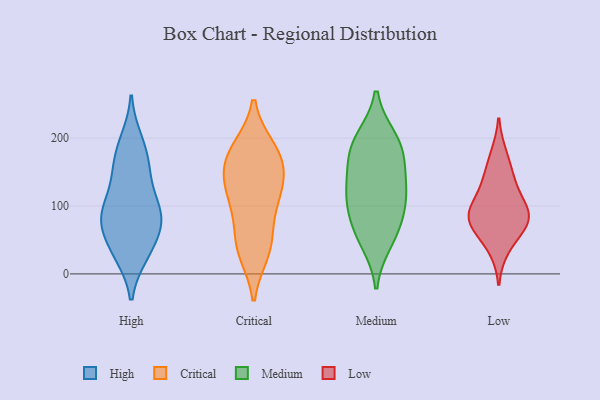
{"axis": {"x": "Page Views", "y": "Value"}, "legend": ["Critical", "High", "Low", "Medium"], "data": [{"x": "", "y": 160, "type": "High"}, {"x": "", "y": 29, "type": "High"}, {"x": "", "y": 81, "type": "High"}, {"x": "", "y": 82, "type": "High"}, {"x": "", "y": 87, "type": "High"}, {"x": "", "y": 186, "type": "High"}, {"x": "", "y": 79, "type": "High"}, {"x": "", "y": 139, "type": "High"}, {"x": "", "y": 196, "type": "High"}, {"x": "", "y": 63, "type": "High"}, {"x": "", "y": 35, "type": "High"}, {"x": "", "y": 31, "type": "High"}, {"x": "", "y": 105, "type": "High"}, {"x": "", "y": 152, "type": "High"}, {"x": "", "y": 93, "type": "High"}, {"x": "", "y": 141, "type": "Critical"}, {"x": "", "y": 107, "type": "Critical"}, {"x": "", "y": 183, "type": "Critical"}, {"x": "", "y": 41, "type": "Critical"}, {"x": "", "y": 161, "type": "Critical"}, {"x": "", "y": 49, "type": "Critical"}, {"x": "", "y": 124, "type": "Critical"}, {"x": "", "y": 167, "type": "Critical"}, {"x": "", "y": 181, "type": "Critical"}, {"x": "", "y": 107, "type": "Critical"}, {"x": "", "y": 34, "type": "Critical"}, {"x": "", "y": 199, "type": "Medium"}, {"x": "", "y": 113, "type": "Medium"}, {"x": "", "y": 112, "type": "Medium"}, {"x": "", "y": 170, "type": "Medium"}, {"x": "", "y": 116, "type": "Medium"}, {"x": "", "y": 177, "type": "Medium"}, {"x": "", "y": 142, "type": "Medium"}, {"x": "", "y": 48, "type": "Medium"}, {"x": "", "y": 197, "type": "Medium"}, {"x": "", "y": 77, "type": "Medium"}, {"x": "", "y": 62, "type": "Medium"}, {"x": "", "y": 83, "type": "Low"}, {"x": "", "y": 75, "type": "Low"}, {"x": "", "y": 104, "type": "Low"}, {"x": "", "y": 85, "type": "Low"}, {"x": "", "y": 89, "type": "Low"}, {"x": "", "y": 38, "type": "Low"}, {"x": "", "y": 68, "type": "Low"}, {"x": "", "y": 130, "type": "Low"}, {"x": "", "y": 144, "type": "Low"}, {"x": "", "y": 175, "type": "Low"}]}